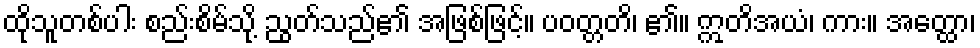
ထိုသူတစ်ပါး စည်းစိမ်သို့ ညွတ်သည်၏ အဖြစ်ဖြင့်။ ပဝတ္တတိ၊ ၏။ ဣတိအယံ၊ ကား။ အတ္ထော၊